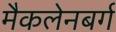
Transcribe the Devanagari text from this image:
मैकलेनबर्ग